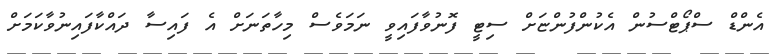
އެންޑް ސްޕޯޓްސުން އެކުންފުންޏަށް ސިޓީ ފޮނުވާފައިވީ ނަމަވެސް މިހާތަނަށް އެ ފައިސާ ދައްކާފައިނުވާކަމަށް